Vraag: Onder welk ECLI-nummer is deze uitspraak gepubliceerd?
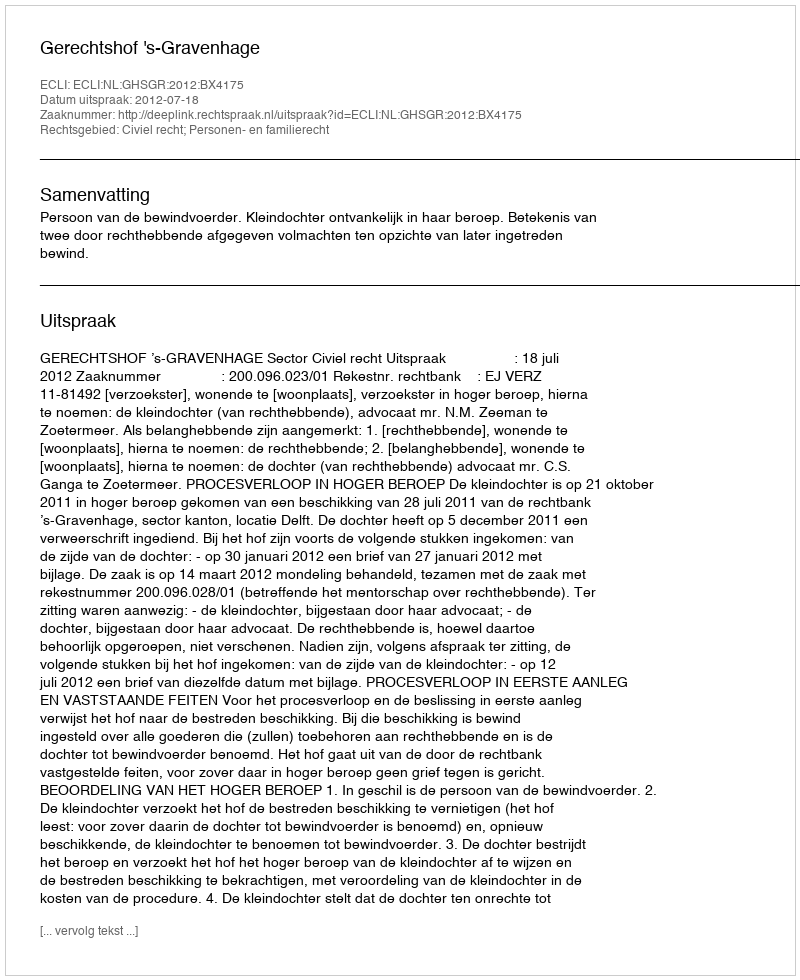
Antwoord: ECLI:NL:GHSGR:2012:BX4175